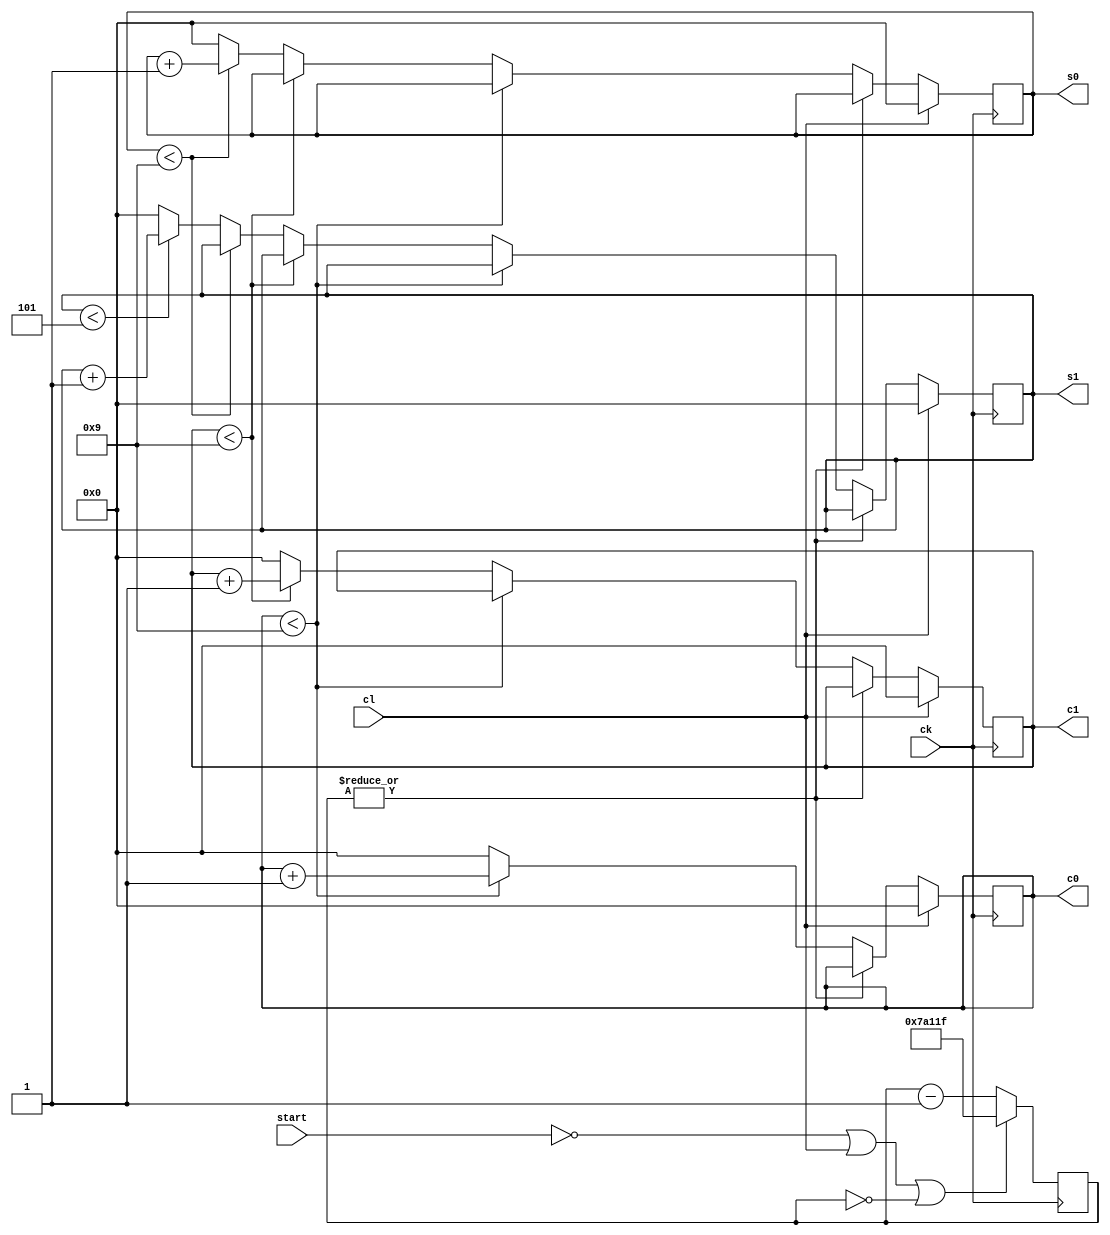
// Diseo:      chrono
// Archivo:     chrono2.v
// Descripcin: Cronmetro digital. Versin 2
// Autor:       Jorge Juan <jjchico@gmail.com>
// Fecha:       14/06/2010

/*
   Leccin 7-3: Cronmetro digital.

   Este archivo contiene un diseo alternativo al mdulo crono1 empleando
   un slo proceso para calcular el nuevo valor de todas las cifras.
*/

`timescale 1 ns / 1 ps

//////////////////////////////////////////////////////////////////////////
// Cronmetro                                                           //
//////////////////////////////////////////////////////////////////////////

module chrono2 #(
    // Frecuencia del reloj del sistema en Hz
    parameter FREQ = 50000000
    )(
    input wire ck,          // reloj
    input wire cl,          // puesta a cero (activo en alto)
    input wire start,       // habilitacin (activo en alto)
    output reg [3:0] c0,    // centsimas de segundo
    output reg [3:0] c1,    // dcimas de segundo
    output reg [3:0] s0,    // unidades de segundo
    output reg [3:0] s1     // decenas de segundo
    );

    // Ajuste del divisor de frecuencia. Milisegundos
    localparam FDIV = FREQ/100;

    /* Contador usado por el divisor de frecuencia. Con 24 bits es posible
     * emplear relojes externos de hast 1,6GHz */
    reg [23:0] dcount;    // Contador del divisor de frecuencia


    //// Divisor de frecuencia ////
    always @(posedge ck) begin
        if (start == 0 || cl == 1 || dcount == 0)
            dcount <= FDIV - 1;
        else
            dcount <= dcount - 1;
    end

    /* Seal de habilitacin generada cuando el divisor llega a cero */
    assign cnt = ~|dcount;

    //// Cronmetro ////
    /* Con cada flanco, un solo proceso calcula el nuevo valor de todas las
     * cifras del contador. Se empieza por las centsimas de segundo. Si
     * no estn en su valor mximo, se incrementan. Si estn en el valor
     * mximo, se ponen a cero y se incrementa el dgito siguiente, y as
     * sucesivamente. */
    always @(posedge ck) begin
        if (cl) begin
            /* Si se activa cl hacemos una puesta a cero */
            c0 <= 0;
            c1 <= 0;
            s0 <= 0;
            s1 <= 0;
        end else if (cnt) begin
            /* Si se activa cnt hay que incrementar la cuenta */
            if (c0 < 9) // incremento normal
                c0 <= c0 + 1;
            else begin  // puesta a cero y comprobamos siguiente cifra
                c0 <= 0;
                if (c1 < 9) // incremento normal
                    c1 <= c1 + 1;
                else begin  // puesta a cero y comprobamos siguiente cifra
                    c1 <= 0;
                    if (s0 < 9) // incremento normal
                        s0 <= s0 + 1;
                    else begin  // puesta a cero y comprobamos siguiente cifra
                        s0 <= 0;
                        if (s1 < 5) // incremento normal
                            s1 = s1 + 1;
                        else        // puesta a cero
                            s1 <= 0;
                    end
                end
            end
        end
    end

endmodule // chrono2